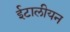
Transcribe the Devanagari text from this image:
ईटालीयन